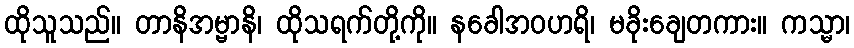
ထိုသူသည်။ တာနိအမ္ဗာနိ၊ ထိုသရက်တို့ကို။ နခေါအဝဟရိ၊ မခိုးချေတကား။ ကသ္မာ၊